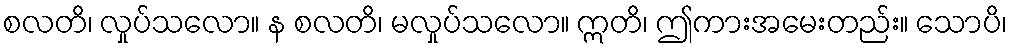
စလတိ၊ လှုပ်သလော။ န စလတိ၊ မလှုပ်သလော။ ဣတိ၊ ဤကားအမေးတည်း။ သောပိ၊